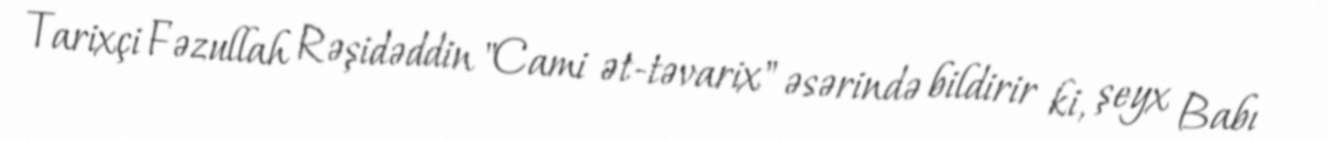
Tarixçi Fəzullah Rəşidəddin "Cami ət-təvarix" əsərində bildirir ki, şeyx Babı